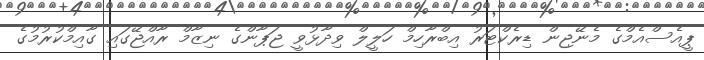
ޕީއެސްއެމްގެ މެނޭޖިން ޑިރެކްޓަރު އިބްރާހިމް ހަލީލް ވިދާޅުވީ ޖަޕާންގެ ނިޒާމް ރާއްޖޭގައި ގާއިމްކުރުމުގެ